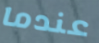
عندما